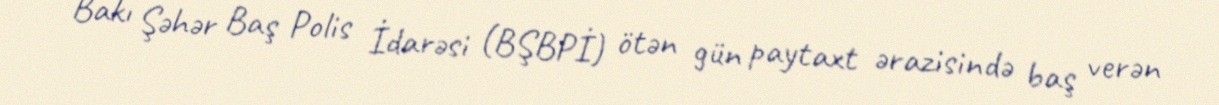
Bakı Şəhər Baş Polis İdarəsi (BŞBPİ) ötən gün paytaxt ərazisində baş verən